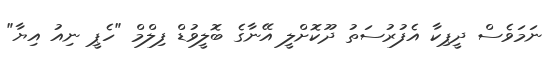
ނަމަވެސް ދީޕިކާ އެފުރުސަތު ދޫކޮށްލީ އޭނާގެ ބޮލީވުޑް ފިލްމް "ހެޕީ ނިއު އިޔާ"